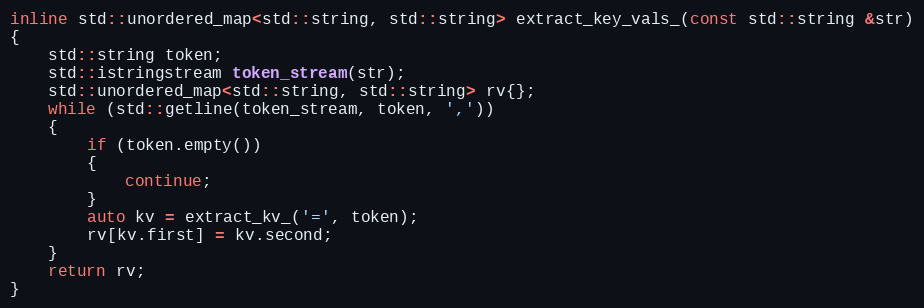
Language: C
inline std::unordered_map<std::string, std::string> extract_key_vals_(const std::string &str)
{
    std::string token;
    std::istringstream token_stream(str);
    std::unordered_map<std::string, std::string> rv{};
    while (std::getline(token_stream, token, ','))
    {
        if (token.empty())
        {
            continue;
        }
        auto kv = extract_kv_('=', token);
        rv[kv.first] = kv.second;
    }
    return rv;
}